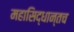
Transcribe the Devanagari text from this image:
महासिद्धान्तच